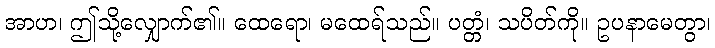
အာဟ၊ ဤသို့လျှောက်၏။ ထေရော၊ မထေရ်သည်။ ပတ္တံ၊ သပိတ်ကို။ ဥပနာမေတွာ၊